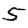
Digit: 5